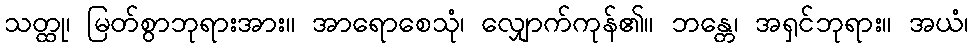
သတ္ထု၊ မြတ်စွာဘုရားအား။ အာရောစေသုံ၊ လျှောက်ကုန်၏။ ဘန္တေ၊ အရှင်ဘုရား။ အယံ၊